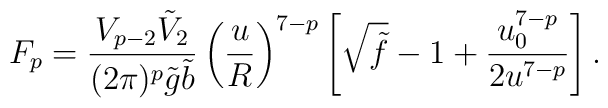
F_p=\frac{V_{p-2}\tilde{V}_2}{(2\pi)^p\tilde{g}\tilde{b}}  \left(\frac{u}{R}\right)^{7-p}\left[\sqrt{\tilde{f}}-1+    \frac{u_0^{7-p}}{2u^{7-p}}\right].